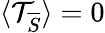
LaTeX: \langle\mathcal{T}_{\overline{{S}}}\rangle=0